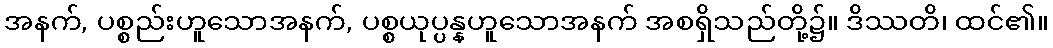
အနက်, ပစ္စည်းဟူသောအနက်, ပစ္စယုပ္ပန္နဟူသောအနက် အစရှိသည်တို့၌။ ဒိဿတိ၊ ထင်၏။